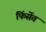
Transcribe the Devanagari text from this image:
फिंसेंत